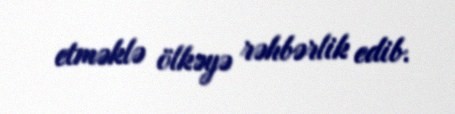
etməklə ölkəyə rəhbərlik edib.